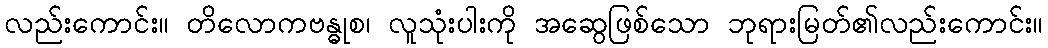
လည်းကောင်း။ တိလောကဗန္ဓုစ၊ လူသုံးပါးကို အဆွေဖြစ်သော ဘုရားမြတ်၏လည်းကောင်း။